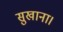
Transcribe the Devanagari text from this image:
सुखाना।